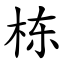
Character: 栋